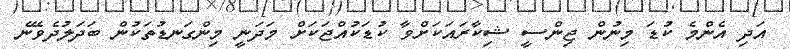
އަދި އެންމެ ކުޑަ މިނުން ޖިންސީ ޝިކާރައަކަށްވާ ކުޑަކުއްޖަކަށް މަދަނީ މިންގަނޑުތަކުން ބަދަލުދެވޭނެ